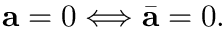
\mathbf { a } = 0 \Longleftrightarrow \bar { \mathbf { a } } = 0 .